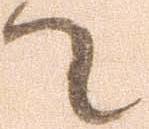
て